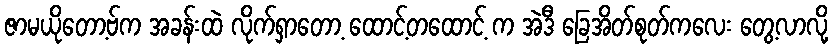
ဇာမယိုတော့ဗ်က အခန်းထဲ လိုက်ရှာတော့ ထောင့်တထောင့် က အဲဒီ ခြေအိတ်စုတ်ကလေး တွေ့လာလို့